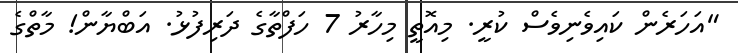
"އަހަރެން ކައިވެނިވެސް ކުރީ. މިއޮތީ މިހާރު 7 ހަފްތާގެ ދަރިފުޅު. އަބްޔާން! މާތްގެ